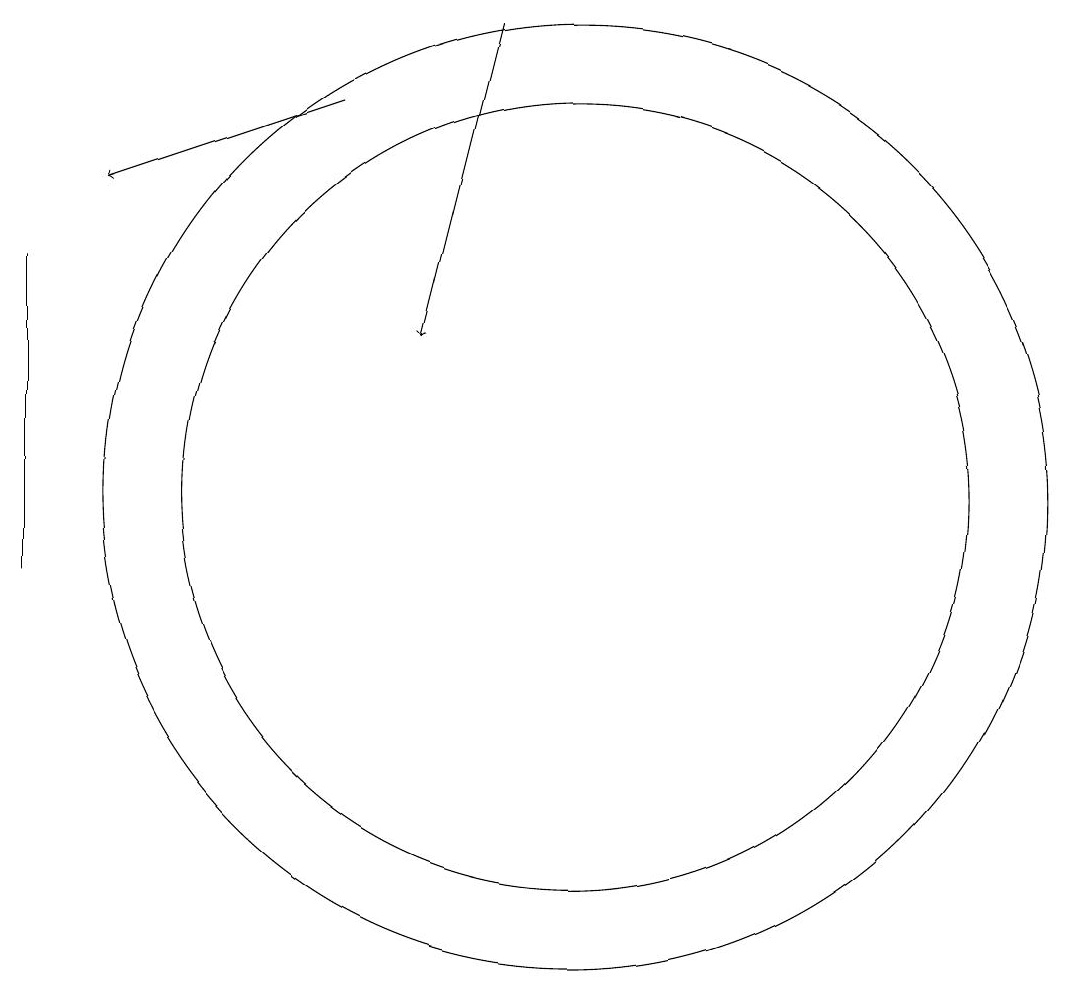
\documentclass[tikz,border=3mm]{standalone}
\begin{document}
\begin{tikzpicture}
\draw (3,14) rectangle (3,10);
\draw[->] (9,17) -- (8,13);
\draw (10,11) circle (5);
\draw[->] (7,16) -- (4,15);
\draw (10,11) circle (6);
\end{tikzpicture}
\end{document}